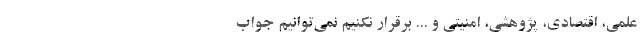
علمی، اقتصادی، پژوهشی، امنیتی و ... برقرار نکنیم نمی‌توانیم جواب